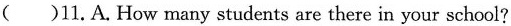
( )11.A. How many students are there in your school?